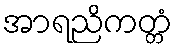
အာရညိကတ္တံ